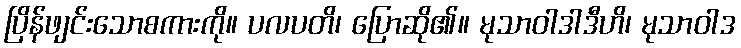
ပြိန်ဖျင်းသောစကားကို။ ပလပတိ၊ ပြောဆို၏။ မုသာဝါဒါဒီဟိ၊ မုသာဝါဒ